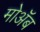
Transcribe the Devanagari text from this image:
मोॲब